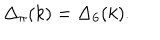
\Delta _ { \pi } ( k ) = \Delta _ { 6 } ( k ) .